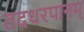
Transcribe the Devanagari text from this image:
तदधरपानम्